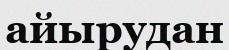
айырудан